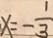
x = - \frac { 1 } { 3 }